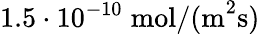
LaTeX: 1.5\cdot 10^{-10}\; \mathrm{mol}/\mathrm{(m}^{2}\mathrm{s)}